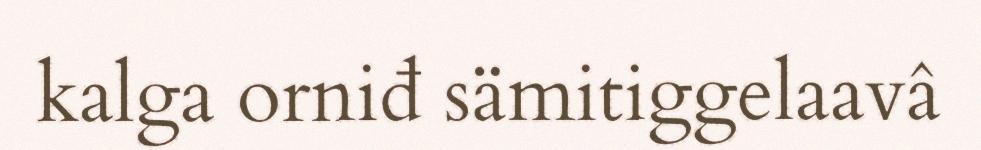
kalga orniđ sämitiggelaavâ